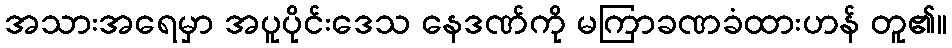
အသားအရေမှာ အပူပိုင်းဒေသ နေဒဏ်ကို မကြာခဏခံထားဟန် တူ၏။